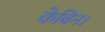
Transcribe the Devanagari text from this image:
केबिन।